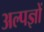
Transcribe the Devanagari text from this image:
अल्पज्ञों